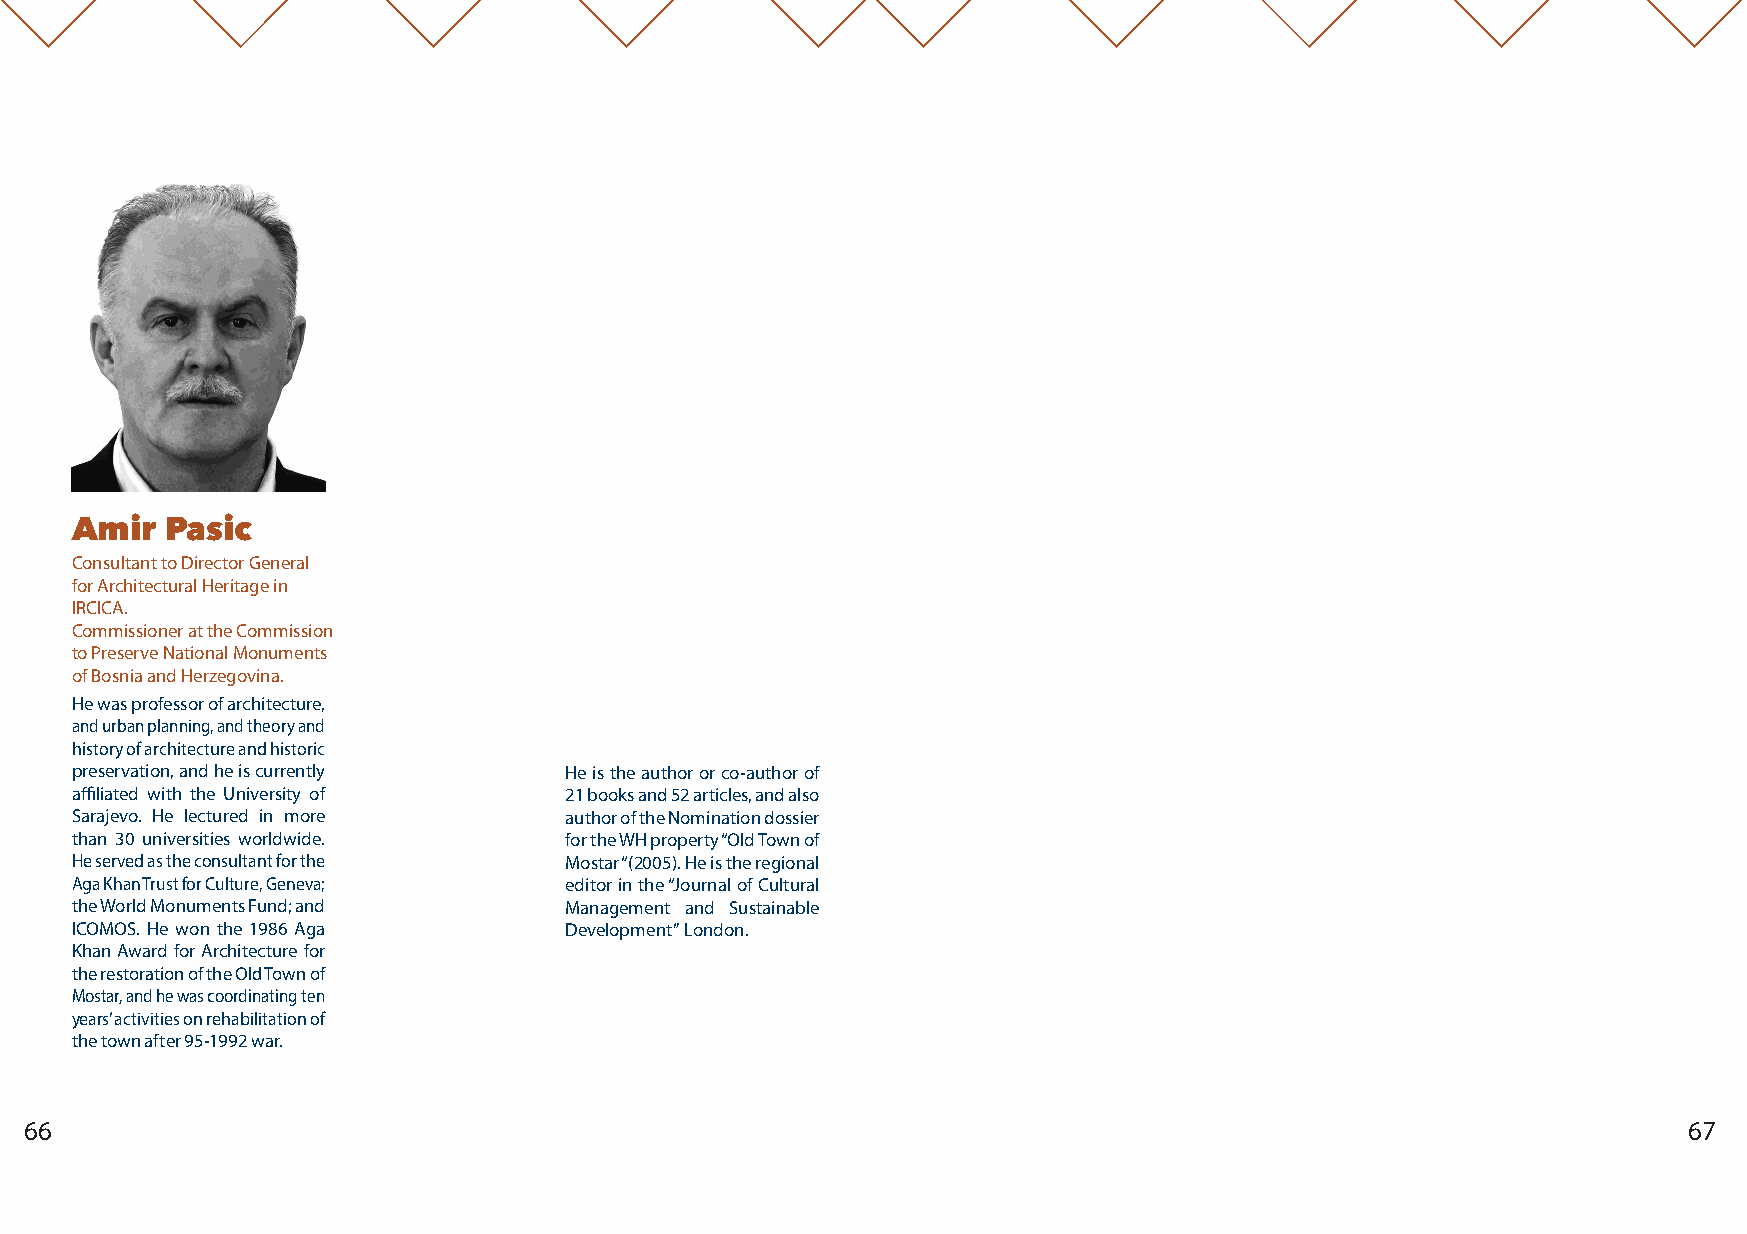
Amir  Pasic
 Consultant to Director General
 for Architectural Heritage in
 IRCICA.
 Commissioner at the Commission
 to Preserve National Monuments
 of Bosnia and Herzegovina.
 He was professor of architecture,
 and urban planning, and theory and
 history of architecture and historic
 preservation, and he is currently He is the author or co-author of
 affiliated with the University of 21 books and 52 articles, and also
 Sarajevo. He lectured in more    author of the Nomination dossier
 than 30 universities worldwide.  for the WH property “Old Town of
 He served as the consultant for the Mostar “(2005). He is the regional
 Aga Khan Trust for Culture, Geneva; editor in the “Journal of Cultural
 the World Monuments Fund; and    Management and Sustainable
 ICOMOS. He won the 1986 Aga      Development” London.
 Khan Award for Architecture for
 the restoration of the Old Town of
 Mostar, and he was coordinating ten
 years’ activities on rehabilitation of
 the town after 95-1992 war.
 66                                                                                                            67